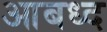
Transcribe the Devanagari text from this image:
आबध्द